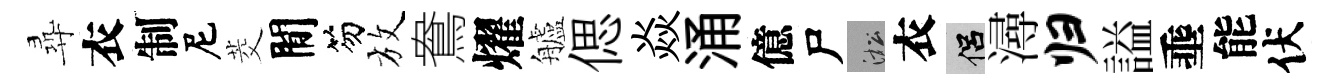
尋衣制尼茭閒笏放鴦燿艫偲焱涌億尸淞衣侣潯归謚埀能伏